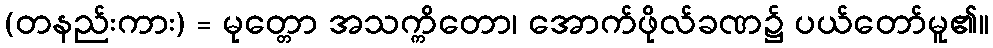
(တနည်းကား) = မုတ္တော အသက္ကိတော၊ အောက်ဖိုလ်ခဏ၌ ပယ်တော်မူ၏။